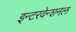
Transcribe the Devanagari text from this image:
इन्टरवेन्शनल